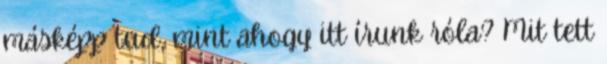
másképp tud, mint ahogy itt írunk róla? Mit tett